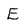
Character: E